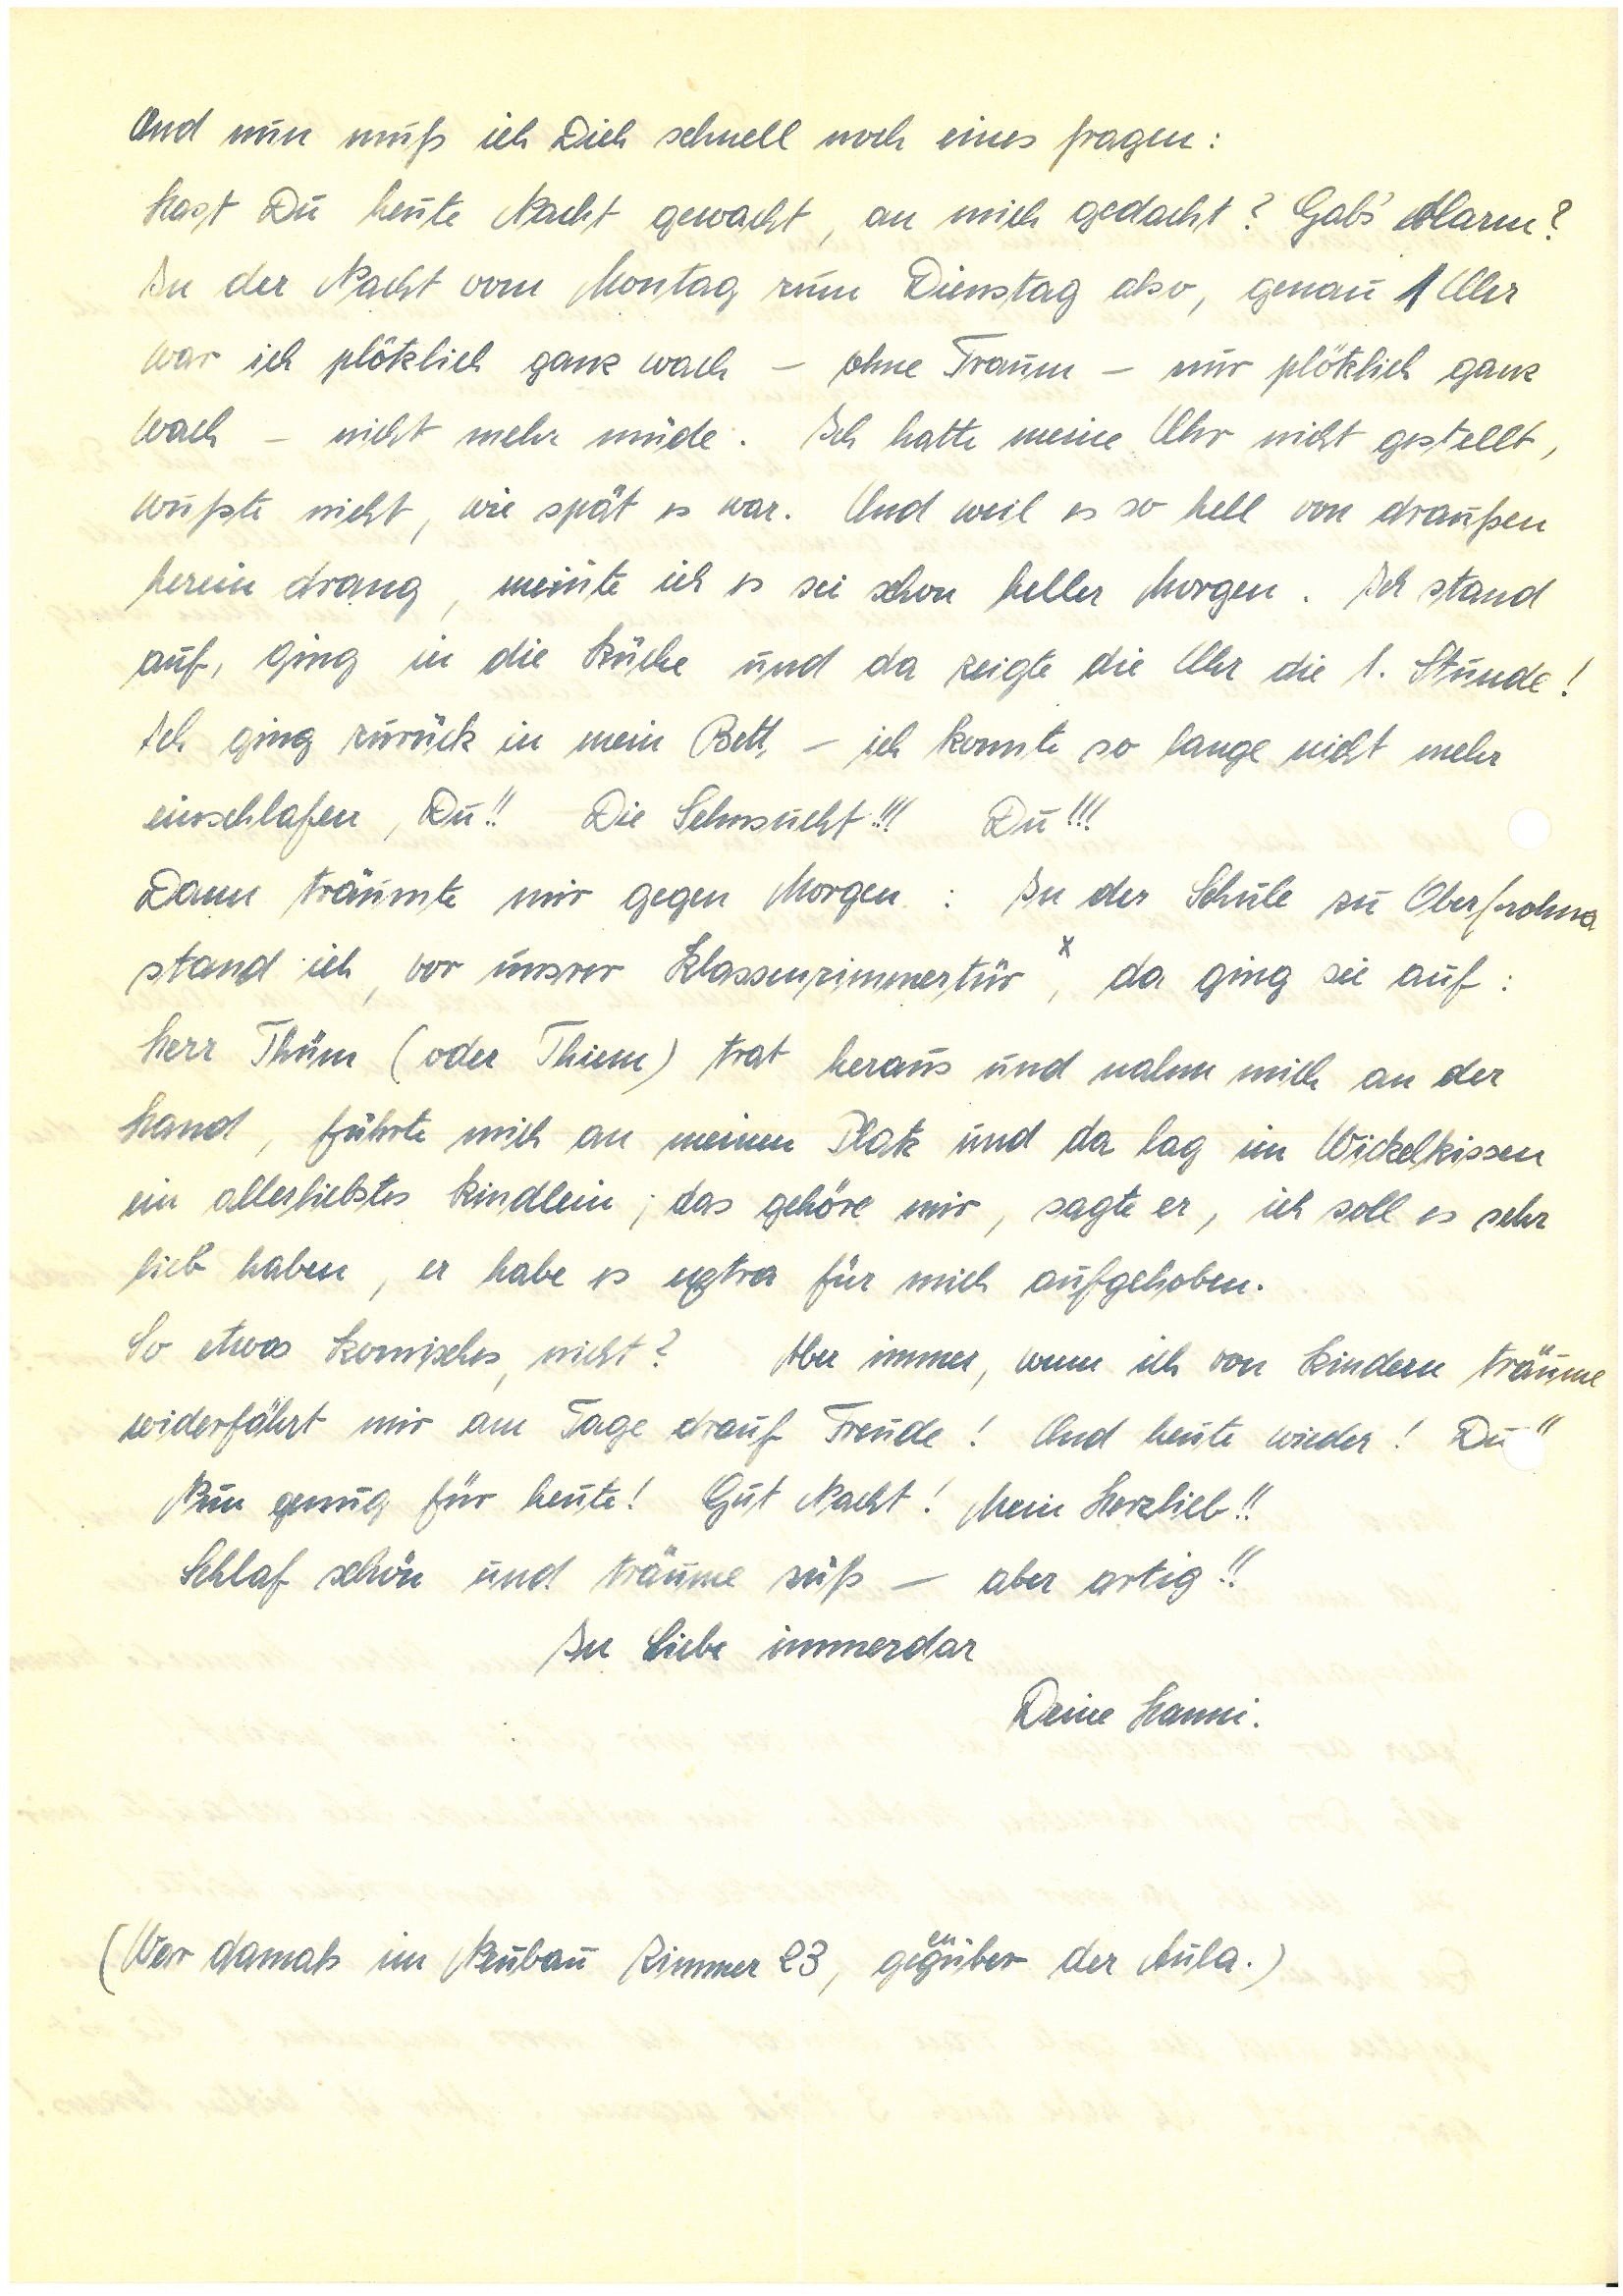
Und nun muß ich Dich schnell noch eines fragen:
Hast Du heute Nacht gewacht, an mich gedacht? Gab’s Alarm?
In der Nacht vom Montag zum Dienstag also, genau 1 Uhr
war ich plötzlich ganz wach – ohne Traum – nur plötzlich ganz
wach – nicht mehr müde. Ich hatte meine Uhr nicht gestellt,
wußte nicht, wie spät es war. Und weil es so hell von draußen
herein drang, meinte ich es sei schon heller Morgen. Ich stand
auf, ging in die Küche und da zeigte die Uhr die 1. Stunde!
Ich ging zurück in mein Bett – ich konnte so lange nicht mehr
einschlafen, Du!! Die Sehnsucht!!! Du!!!
Dann träumte mir gegen Morgen: In der Schule zu O.
stand ich, vor unsrer Klassenzimmertür x, da ging sie auf:
Herr Tü. (oder Ti.) trat heraus und nahm mich an der
Hand, führte mich an meinen Platz und da lag im Wickelkissen
ein allerliebstes Kindlein; das gehöre mir, sagte er, ich soll es sehr
lieb haben, er habe es extra für mich aufgehoben.
So etwas Komisches, nicht? Aber immer, wenn ich von Kindern träume,
widerfährt mir am Tag drauf Freude! Und heute wieder! Du!!
Nun genug für heute! Gut Nacht! Mein Herzlieb!!
Schlaf schön und träume süß – aber artig!!
In Liebe immerdar
Deine .
(War damals im Neubau Zimmer 23, gegenüber der Aula.)